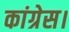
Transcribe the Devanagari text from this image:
कांग्रेस।